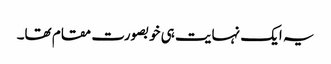
یہ ایک نہایت ہی خوبصورت مقام تھا۔